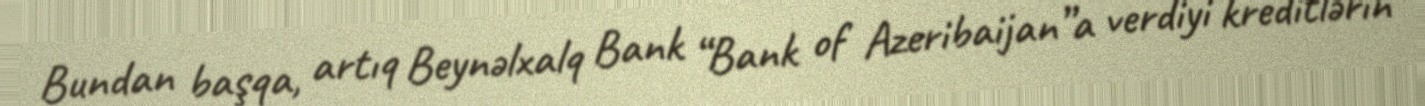
Bundan başqa, artıq Beynəlxalq Bank “Bank of Azeribaijan”a verdiyi kreditlərin